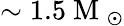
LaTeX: \sim 1.5\mathrm{~M~}_{\odot}